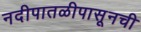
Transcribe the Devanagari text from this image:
नदीपातळीपासूनची